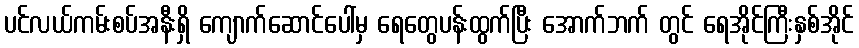
ပင်လယ်ကမ်းစပ်အနီးရှိ ကျောက်ဆောင်ပေါ်မှ ရေတွေပန်းထွက်ပြီး အောက်ဘက် တွင် ရေအိုင်ကြီးနှစ်အိုင်